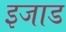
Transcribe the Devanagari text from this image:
इजाड